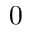
0